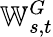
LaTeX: \mathbb{W}_{s,t}^{G}